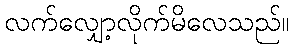
လက်လျှော့လိုက်မိလေသည်။